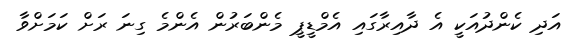
އަދި ކެންދުއަކީ އެ ދާއިރާގައި އެމްޑީޕީ މެންބަރުން އެންމެ ގިނަ ރަށް ކަމަށްވާ